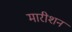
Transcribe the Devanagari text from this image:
मारीशन